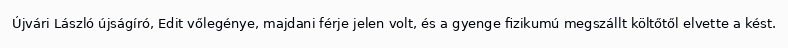
Újvári László újságíró, Edit vőlegénye, majdani férje jelen volt, és a gyenge fizikumú megszállt költőtől elvette a kést.